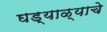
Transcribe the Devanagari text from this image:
घड्याळ्याचे